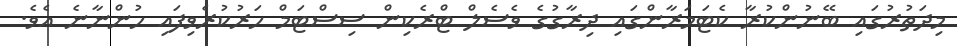
މިދަތުރުގައި ބޭނުންކުރާ ކެޓަމަރާންގައި ދިރާގުގެ ވެސެލް ޓްރެކިން ސިސްޓަމް ހަރުކުރެވިފައި ހުންނާނެ އެވެ.